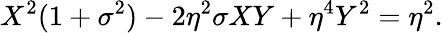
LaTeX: X^{2}(1+\sigma^{2})-2\eta^{2}\sigma XY+\eta^{4}Y^{2}=\eta^{2}.